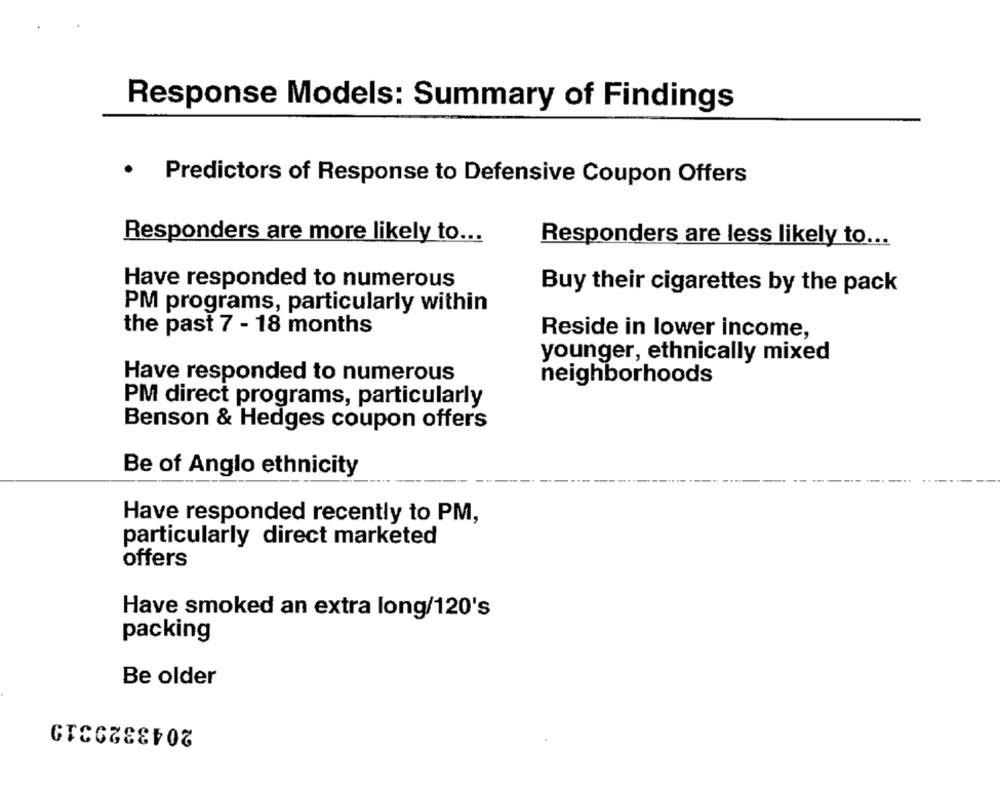
Response Models: Summary of Findings
.
Predictors of Response to Defensive Coupon Offers
Responders are more likely to ...
Responders are less likely to ...
Have responded to numerous
Buy their cigarettes by the pack
PM programs, particularly within
the past 7 - 18 months
Reside in lower income,
younger, ethnically mixed
Have responded to numerous
neighborhoods
PM direct programs, particularly
Benson & Hedges coupon offers
Be of Anglo ethnicity
Have responded recently to PM,
particularly direct marketed
offers
Have smoked an extra long/120's
packing
Be older
2043329319